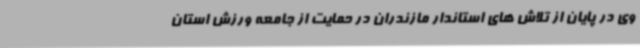
وی در پایان از تلاش های استاندار مازندران در حمایت از جامعه ورزش استان